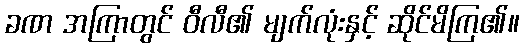
ခဏ အကြာတွင် ဝီလီ၏ မျက်လုံးနှင့် ဆိုင်မိကြ၏။